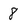
Character: 8